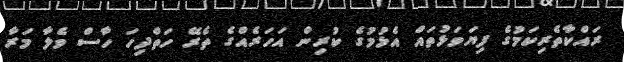
ރައްކާތެރިކަމުގެ ފިޔަވަޅުތައް އެޅުމުގެ ކުރިން އަހަރެއްގެ ތެރޭ ހަތްދިހަ ހާސް ވެލާ މަރާ